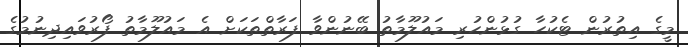
މީގެ އިތުރުން ޓެކުހާ ގުޅުންހުރި މައުލޫމާތު ބޭނުންވާ ފަރާތްތަކަށް އެ މައުލޫމާތު ފޯރުވައިދިނުމުގެ